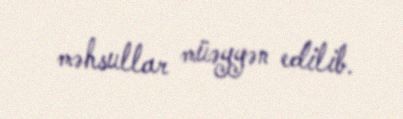
məhsullar müəyyən edilib.